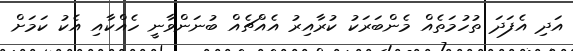
އަދި އެފަދަ ތުހުމަތެއް މެންބަރަކު ކުރާއިރު އެއްޗެއް ބުނަންވާނީ ހެއްކާއި އެކު ކަމަށް